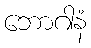
ဘောဂါနံ